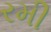
રમી